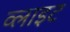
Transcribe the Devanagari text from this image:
व्‍लाइट